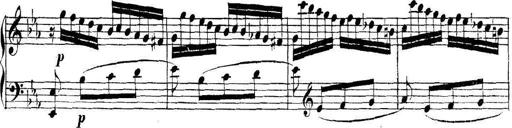
Title: Collected Piano Sonatas
Composer: Muzio Clementi